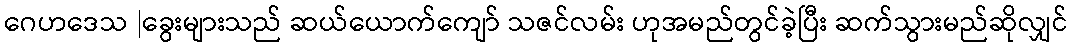
ဂေဟဒေသ |ခွေးများသည် ဆယ်ယောက်ကျော် သဇင်လမ်း ဟုအမည်တွင်ခဲ့ပြီး ဆက်သွားမည်ဆိုလျှင်